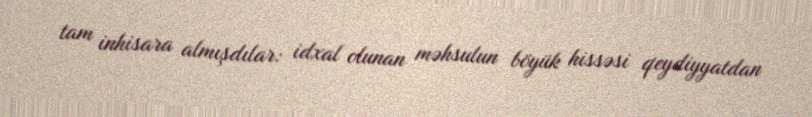
tam inhisara almışdılar: idxal olunan məhsulun böyük hissəsi qeydiyyatdan